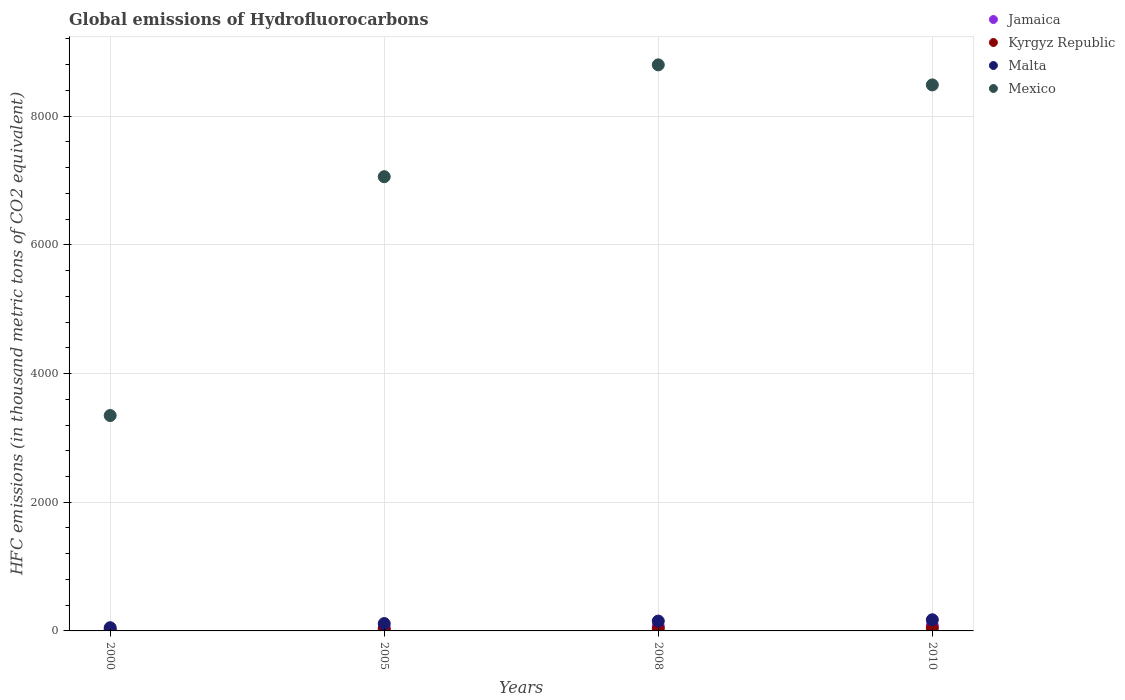
| Years | Jamaica | Kyrgyz Republic | Malta | Mexico |
 | --- | --- | --- | --- | --- |
 | 2000 | 17.8 | 7.9 | 50 | 3.35e+03 |
 | 2005 | 50.3 | 24 | 114 | 7.06e+03 |
 | 2008 | 70.3 | 34.8 | 153 | 8.8e+03 |
 | 2010 | 84 | 42 | 173 | 8.48e+03 |